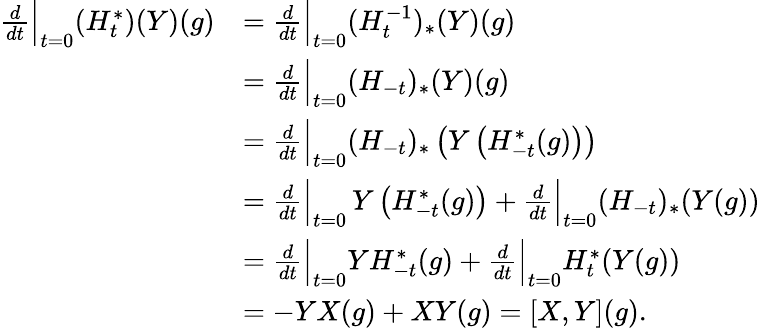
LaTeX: \begin{array}{rl}{\frac{d}{dt}\Bigr|_{t=0}(H_{t}^{*})(Y)(g)}&{=\frac{d}{dt}\Bigr|_{t=0}(H_{t}^{-1})_{*}(Y)(g)}\\ &{=\frac{d}{dt}\Bigr|_{t=0}(H_{-t})_{*}(Y)(g)}\\ &{=\frac{d}{dt}\Bigr|_{t=0}(H_{-t})_{*}\left(Y\left(H_{-t}^{*}(g)\right)\right)}\\ &{=\frac{d}{dt}\Bigr|_{t=0}\, Y\left(H_{-t}^{*}(g)\right)+\frac{d}{dt}\Bigr|_{t=0}(H_{-t})_{*}(Y(g))}\\ &{=\frac{d}{dt}\Bigr|_{t=0}YH_{-t}^{*}(g)+\frac{d}{dt}\Bigr|_{t=0}H_{t}^{*}(Y(g))}\\ &{=-YX(g)+XY(g)=[X,Y](g).}\end{array}